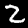
Label: 2